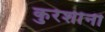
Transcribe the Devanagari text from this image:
कुरेशींनी